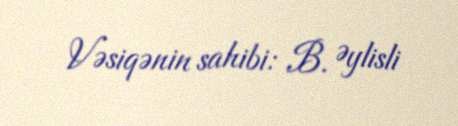
Vəsiqənin sahibi: B. Əylisli